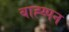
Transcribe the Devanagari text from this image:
बाह्य्पन